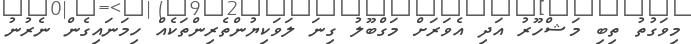
މިވަގުތު ތިބި މަޝްހޫރު އަދި އެވަރަށް މަގްބޫލު ގިނަ ލަވަކިޔުންތެރިންތަކެއް ހިމަނައިގެން ނެރުނު